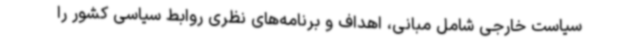
سیاست خارجی شامل مبانی، اهداف و برنامه‌های نظری روابط سیاسی کشور را